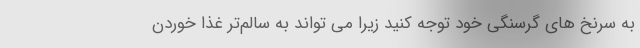
به سرنخ های گرسنگی خود توجه کنید زیرا می تواند به سالم‌تر غذا خوردن